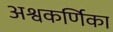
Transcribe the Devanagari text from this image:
अश्वकर्णिका